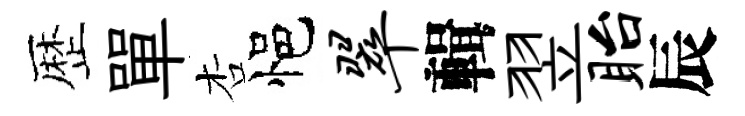
歴單杏悒翠輯翌眙辰